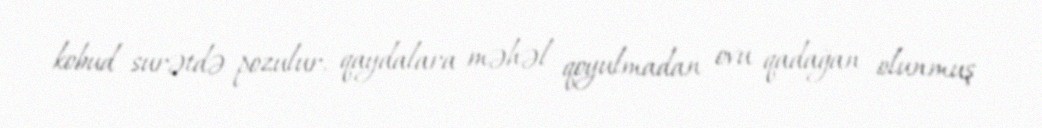
kobud surətdə pozulur, qaydalara məhəl qoyulmadan ovu qadağan olunmuş